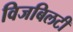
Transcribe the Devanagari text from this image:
विजबिलटी